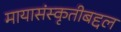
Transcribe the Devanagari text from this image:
मायासंस्कृतीबद्दल